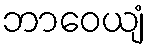
ဘာဝေယျံ